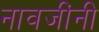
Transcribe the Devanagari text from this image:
नावजींनी